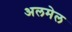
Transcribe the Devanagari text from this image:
अलमेल